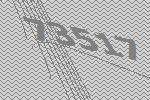
73517